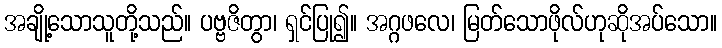
အချို့သောသူတို့သည်။ ပဗ္ဗဇိတွာ၊ ရှင်ပြု၍။ အဂ္ဂဖလေ၊ မြတ်သောဖိုလ်ဟုဆိုအပ်သော။